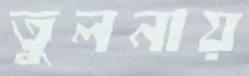
তুলনায়